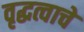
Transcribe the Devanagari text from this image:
वृद्धत्वाचे